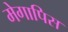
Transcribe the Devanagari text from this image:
मेगापिस